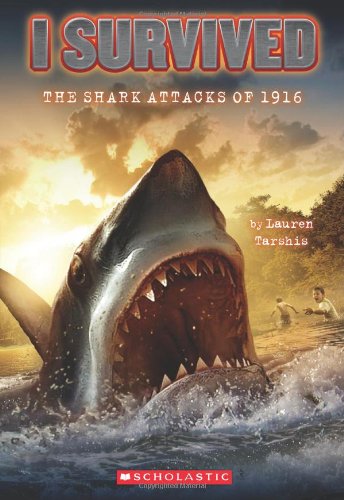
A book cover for I Survived:  The Shark Attacks of 1916; Lauren Tarshis; Children's Books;